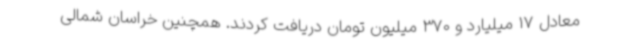
معادل 17 میلیارد و 370 میلیون تومان دریافت کردند. همچنین خراسان شمالی